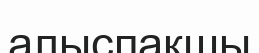
алыспақшы